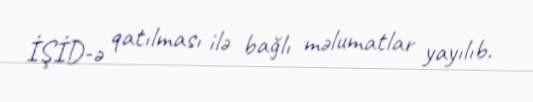
İŞİD-ə qatılması ilə bağlı məlumatlar yayılıb.